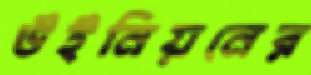
উইনিয়নের